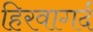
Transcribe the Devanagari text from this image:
हिरवागर्द